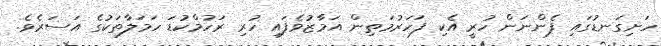
ހަށިގަނޑުގައި ފެންނަން ހުރީ އެކި ފަހަރުމަތިން އަމާޒުވެފައި ހުރި ރަހުމްކުޑަ ހަމަލާތަކުގެ އަސަރެވެ.